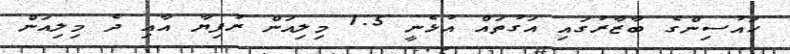
ހައުސިންގެ ބާޒާރުގައި އަގުތައް އުޅެނީ 1.5 މިލިއަން ރުފިޔާ އާއި ދެ މިލިއަން